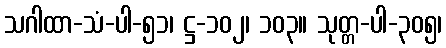
သဂါထာ-သံ-ပါ-၅၁၊ ဋ္ဌ-၁၀၂၊ ၁၀၃။ သုတ္တ-ပါ-၃၀၅၊